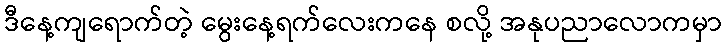
ဒီနေ့ကျရောက်တဲ့ မွေးနေ့ရက်လေးကနေ စလို့ အနုပညာလောကမှာ